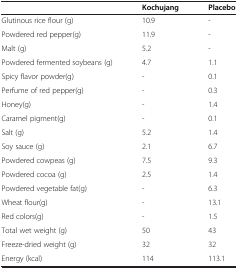
<table><thead><tr><td><b> </b></td><td><b>Kochujang</b></td><td><b>Placebo</b></td></tr></thead><tbody><tr><td>Glutinous rice flour (g)</td><td>10.9</td><td>-</td></tr><tr><td>Powdered red pepper(g)</td><td>11.9</td><td>-</td></tr><tr><td>Malt (g)</td><td>5.2</td><td>-</td></tr><tr><td>Powdered fermented soybeans (g)</td><td>4.7</td><td>1.1</td></tr><tr><td>Spicy flavor powder(g)</td><td>-</td><td>0.1</td></tr><tr><td>Perfume of red pepper(g)</td><td>-</td><td>0.3</td></tr><tr><td>Honey(g)</td><td>-</td><td>1.4</td></tr><tr><td>Caramel pigment(g)</td><td>-</td><td>0.1</td></tr><tr><td>Salt (g)</td><td>5.2</td><td>1.4</td></tr><tr><td>Soy sauce (g)</td><td>2.1</td><td>6.7</td></tr><tr><td>Powdered cowpeas (g)</td><td>7.5</td><td>9.3</td></tr><tr><td>Powdered cocoa (g)</td><td>2.5</td><td>1.4</td></tr><tr><td>Powdered vegetable fat(g)</td><td>-</td><td>6.3</td></tr><tr><td>Wheat flour(g)</td><td>-</td><td>13.1</td></tr><tr><td>Red colors(g)</td><td>-</td><td>1.5</td></tr><tr><td>Total wet weight (g)</td><td>50</td><td>43</td></tr><tr><td>Freeze-dried weight (g)</td><td>32</td><td>32</td></tr><tr><td>Energy (kcal)</td><td>114</td><td>113.1</td></tr></tbody></table>